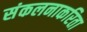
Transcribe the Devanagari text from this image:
संकलनाकरिता